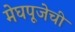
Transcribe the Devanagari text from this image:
मेघपूजेची